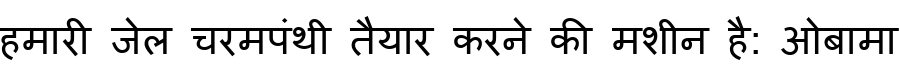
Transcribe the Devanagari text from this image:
हमारी जेल चरमपंथी तैयार करने की मशीन है: ओबामा